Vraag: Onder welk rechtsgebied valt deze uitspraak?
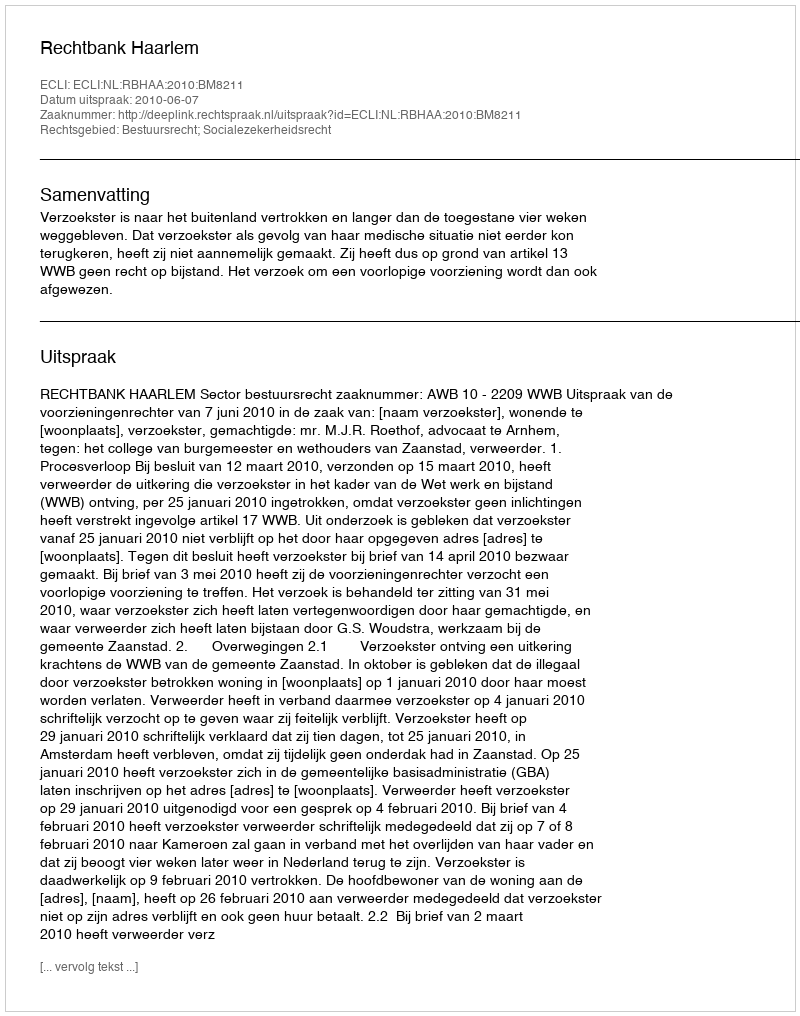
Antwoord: Bestuursrecht; Socialezekerheidsrecht